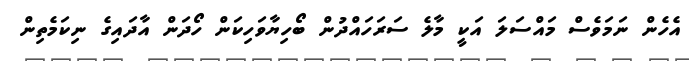
އެހެން ނަމަވެސް މައްސަލަ އަކީ މާލެ ސަރަހައްދުން ބޯހިޔާވަހިކަން ހޯދަން އާދައިގެ ނިކަމެތިން